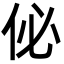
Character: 佖